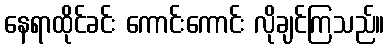
နေရာထိုင်ခင်း ကောင်းကောင်း လိုချင်ကြသည်။